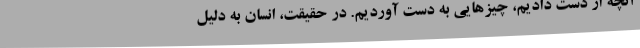
آنچه از دست دادیم، چیزهایی به دست آوردیم. در حقیقت، انسان به دلیل